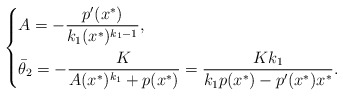
\begin{align*}\left\{\begin{aligned}&A=-\frac{p'(x^{*})}{k_1(x^{*})^{k_1-1}},\\&\bar{\theta}_2=-\frac{K}{A(x^{*})^{k_1}+p(x^{*})}=\frac{Kk_1}{k_1p(x^{*})-p'(x^{*})x^{*}}.\\\end{aligned}\right.\end{align*}